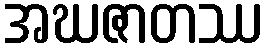
အဃဇာတဿ